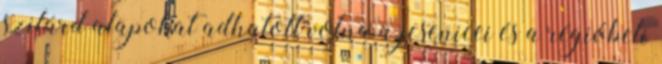
szilárd alapokat adhatott volna a jesenicei és a régióbeli